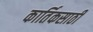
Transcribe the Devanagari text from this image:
कार्तिकसाठी